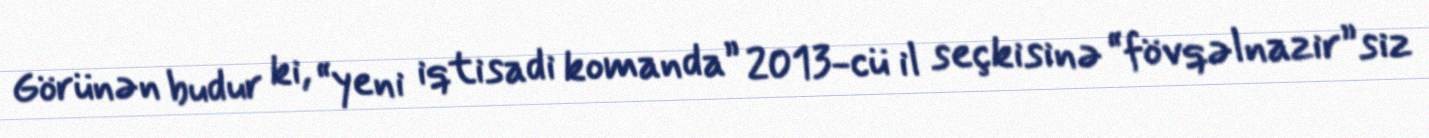
Görünən budur ki, “yeni iqtisadi komanda” 2013-cü il seçkisinə “fövqəlnazir”siz